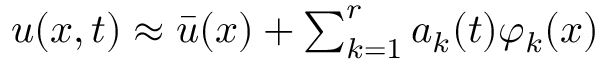
\begin{array} { r } { u ( x , t ) \approx \bar { u } ( x ) + \sum _ { k = 1 } ^ { r } a _ { k } ( t ) \varphi _ { k } ( x ) } \end{array}